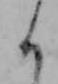
く